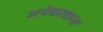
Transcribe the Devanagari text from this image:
अनेकावान्त